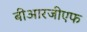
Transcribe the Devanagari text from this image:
बीआरजीएफ